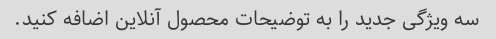
سه ویژگی جدید را به توضیحات محصول آنلاین اضافه کنید.